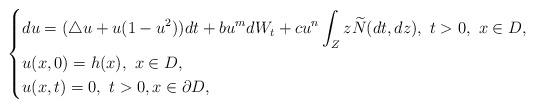
LaTeX: \begin{align*}\left\{\begin{aligned}&du=(\triangle u+u(1-u^{2}))dt+bu^{m}dW_{t}+cu^{n}\int_{Z}z\widetilde{N}(dt,dz), \ t>0, \ x\in D,\\&u(x,0)=h(x),\ x\in D,\\&u(x,t)=0, \ t>0,x\in \partial D,\end{aligned}\right.\end{align*}